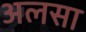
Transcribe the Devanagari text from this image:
अलसा